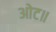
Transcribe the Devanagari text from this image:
ओट॥